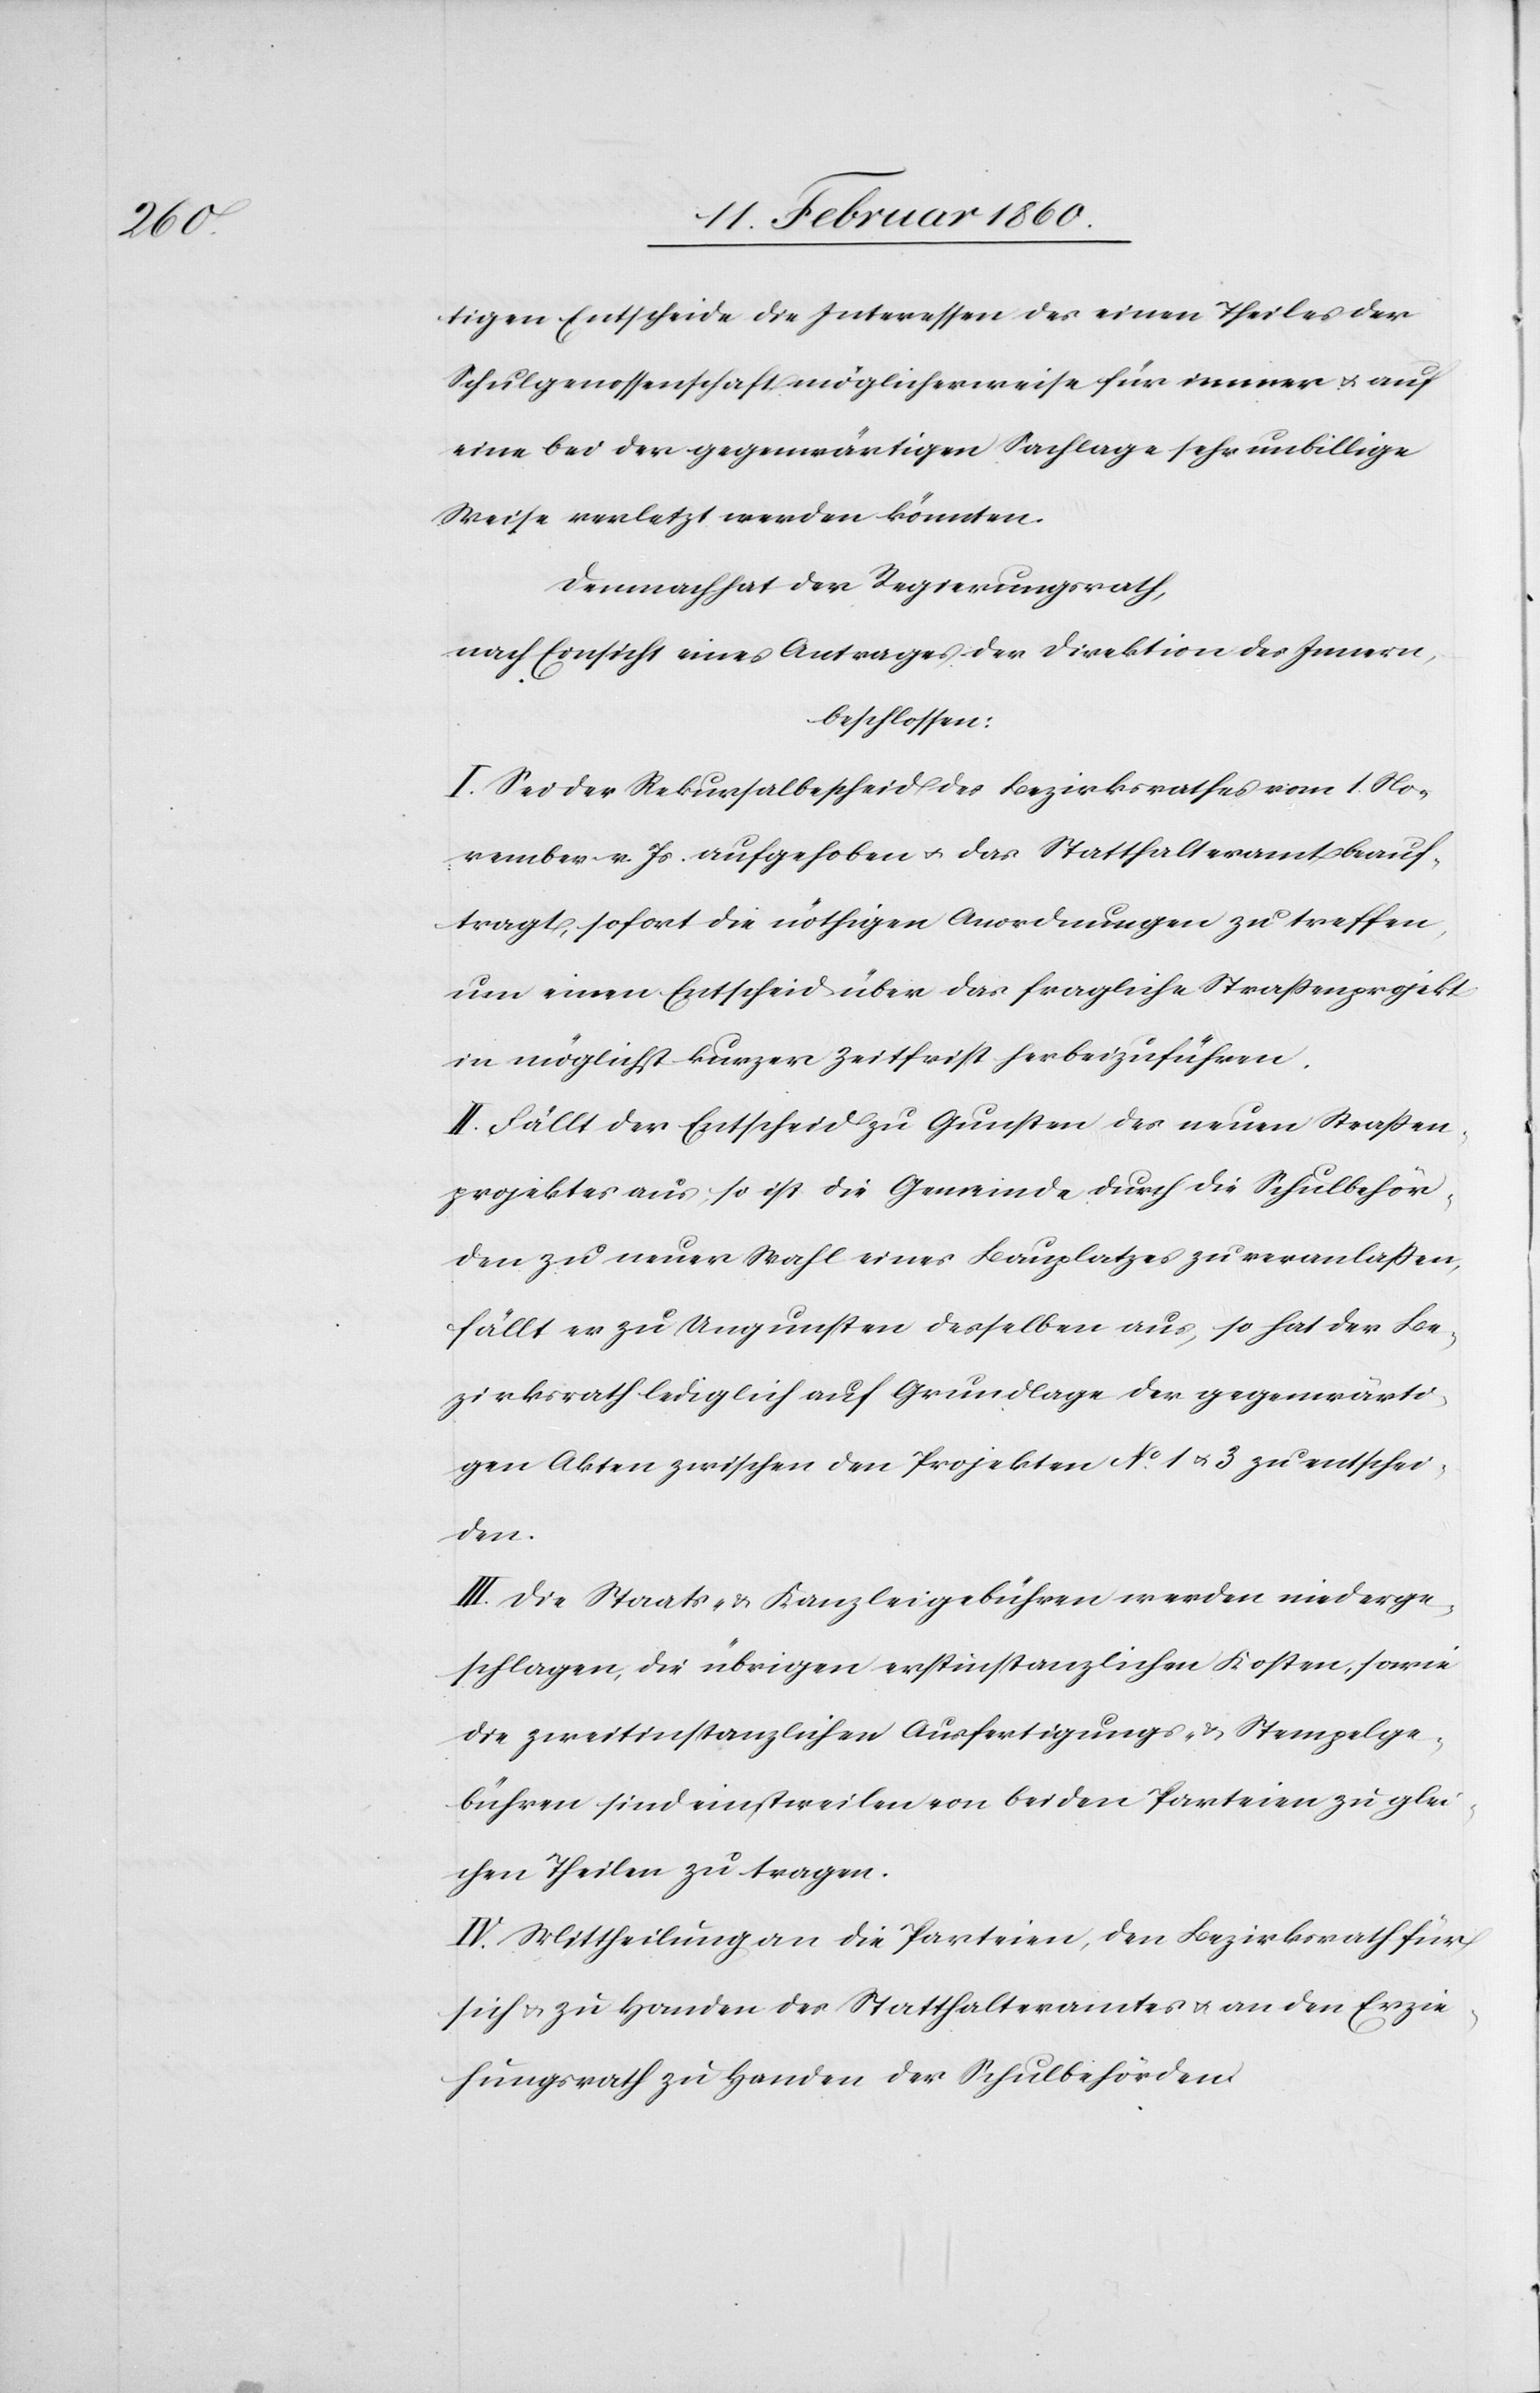
tigen Entscheide die Interessen des einen Theiles der
Schulgenossenschaft möglicherweise für immer u. auf
eine bei der gegenwärtigen Sachlage sehr unbillige
Weise verletzt werden könnten.
Demnach hat der Regierungsrath,
nach Einsicht eines Antrages der Direktion des Innern,
beschlossen:
I. Sei der Rekursalbescheid des Bezirksrathes vom 1. No¬
vember v. Js. aufgehoben u. das Statthalteramt beauf¬
tragt, sofort die nöthigen Anordnungen u treffen,
um einen Entscheid über das fragliche Strassenprojekt
in möglichst kurzer Zeitfrist herbeizuführen.
II. Fällt der Entscheid zu Gunsten des neuen Strassen¬
projektes aus, so ist die Gemeinde durch die Schulbehör¬
den zu neuer Wahl eines Bauplatzes zu veranlassen,
fällt es zu Ungunsten desselben aus, so hat der Be¬
zirksrath lediglich auf Grundlage der gegenwärti¬
gen Akten zwischen den Projekten No 1 u. 3. zu entschei¬
den.
III. Die Staats- u. Kanzleigebühren werden niederge¬
schlagen, die übrigen erstinstanzlichen Kosten, sowie
die zweitinstanzlichen Ausfertigungs- u. Stempelge¬
bühren sind einstweilen von beiden Parteien zu glei¬
chen Theilen zu tragen.
IV. Mittheilung an die Parteien, den Bezirksrath für
sich u. zu Handen des Statthalteramtes u. an den Erzie¬
hungsrath zu Handen der Schulbehörden.